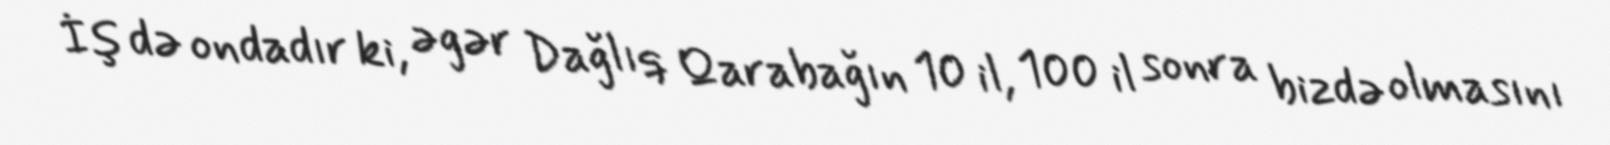
İş də ondadır ki, əgər Dağlıq Qarabağın 10 il, 100 il sonra bizdə olmasını